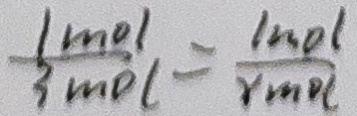
\frac { l m o l } { 3 m o l } l = \frac { l m o l } { r m D C }